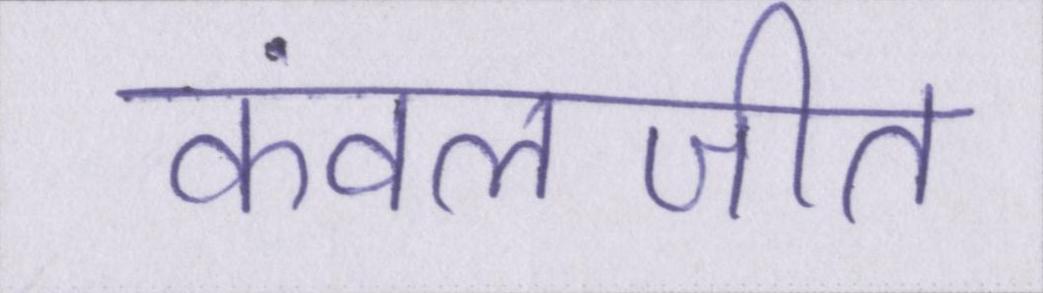
कंवलजीत